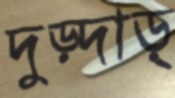
দুড়্‌দাড়্‌